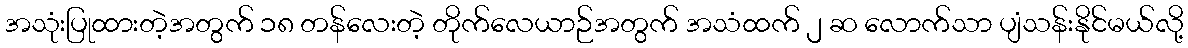
အသုံးပြုထားတဲ့အတွက် ၁၈ တန်လေးတဲ့ တိုက်လေယာဉ်အတွက် အသံထက် ၂ ဆ လောက်သာ ပျံသန်းနိုင်မယ်လို့